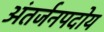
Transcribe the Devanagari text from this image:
अंतर्जनपदोय